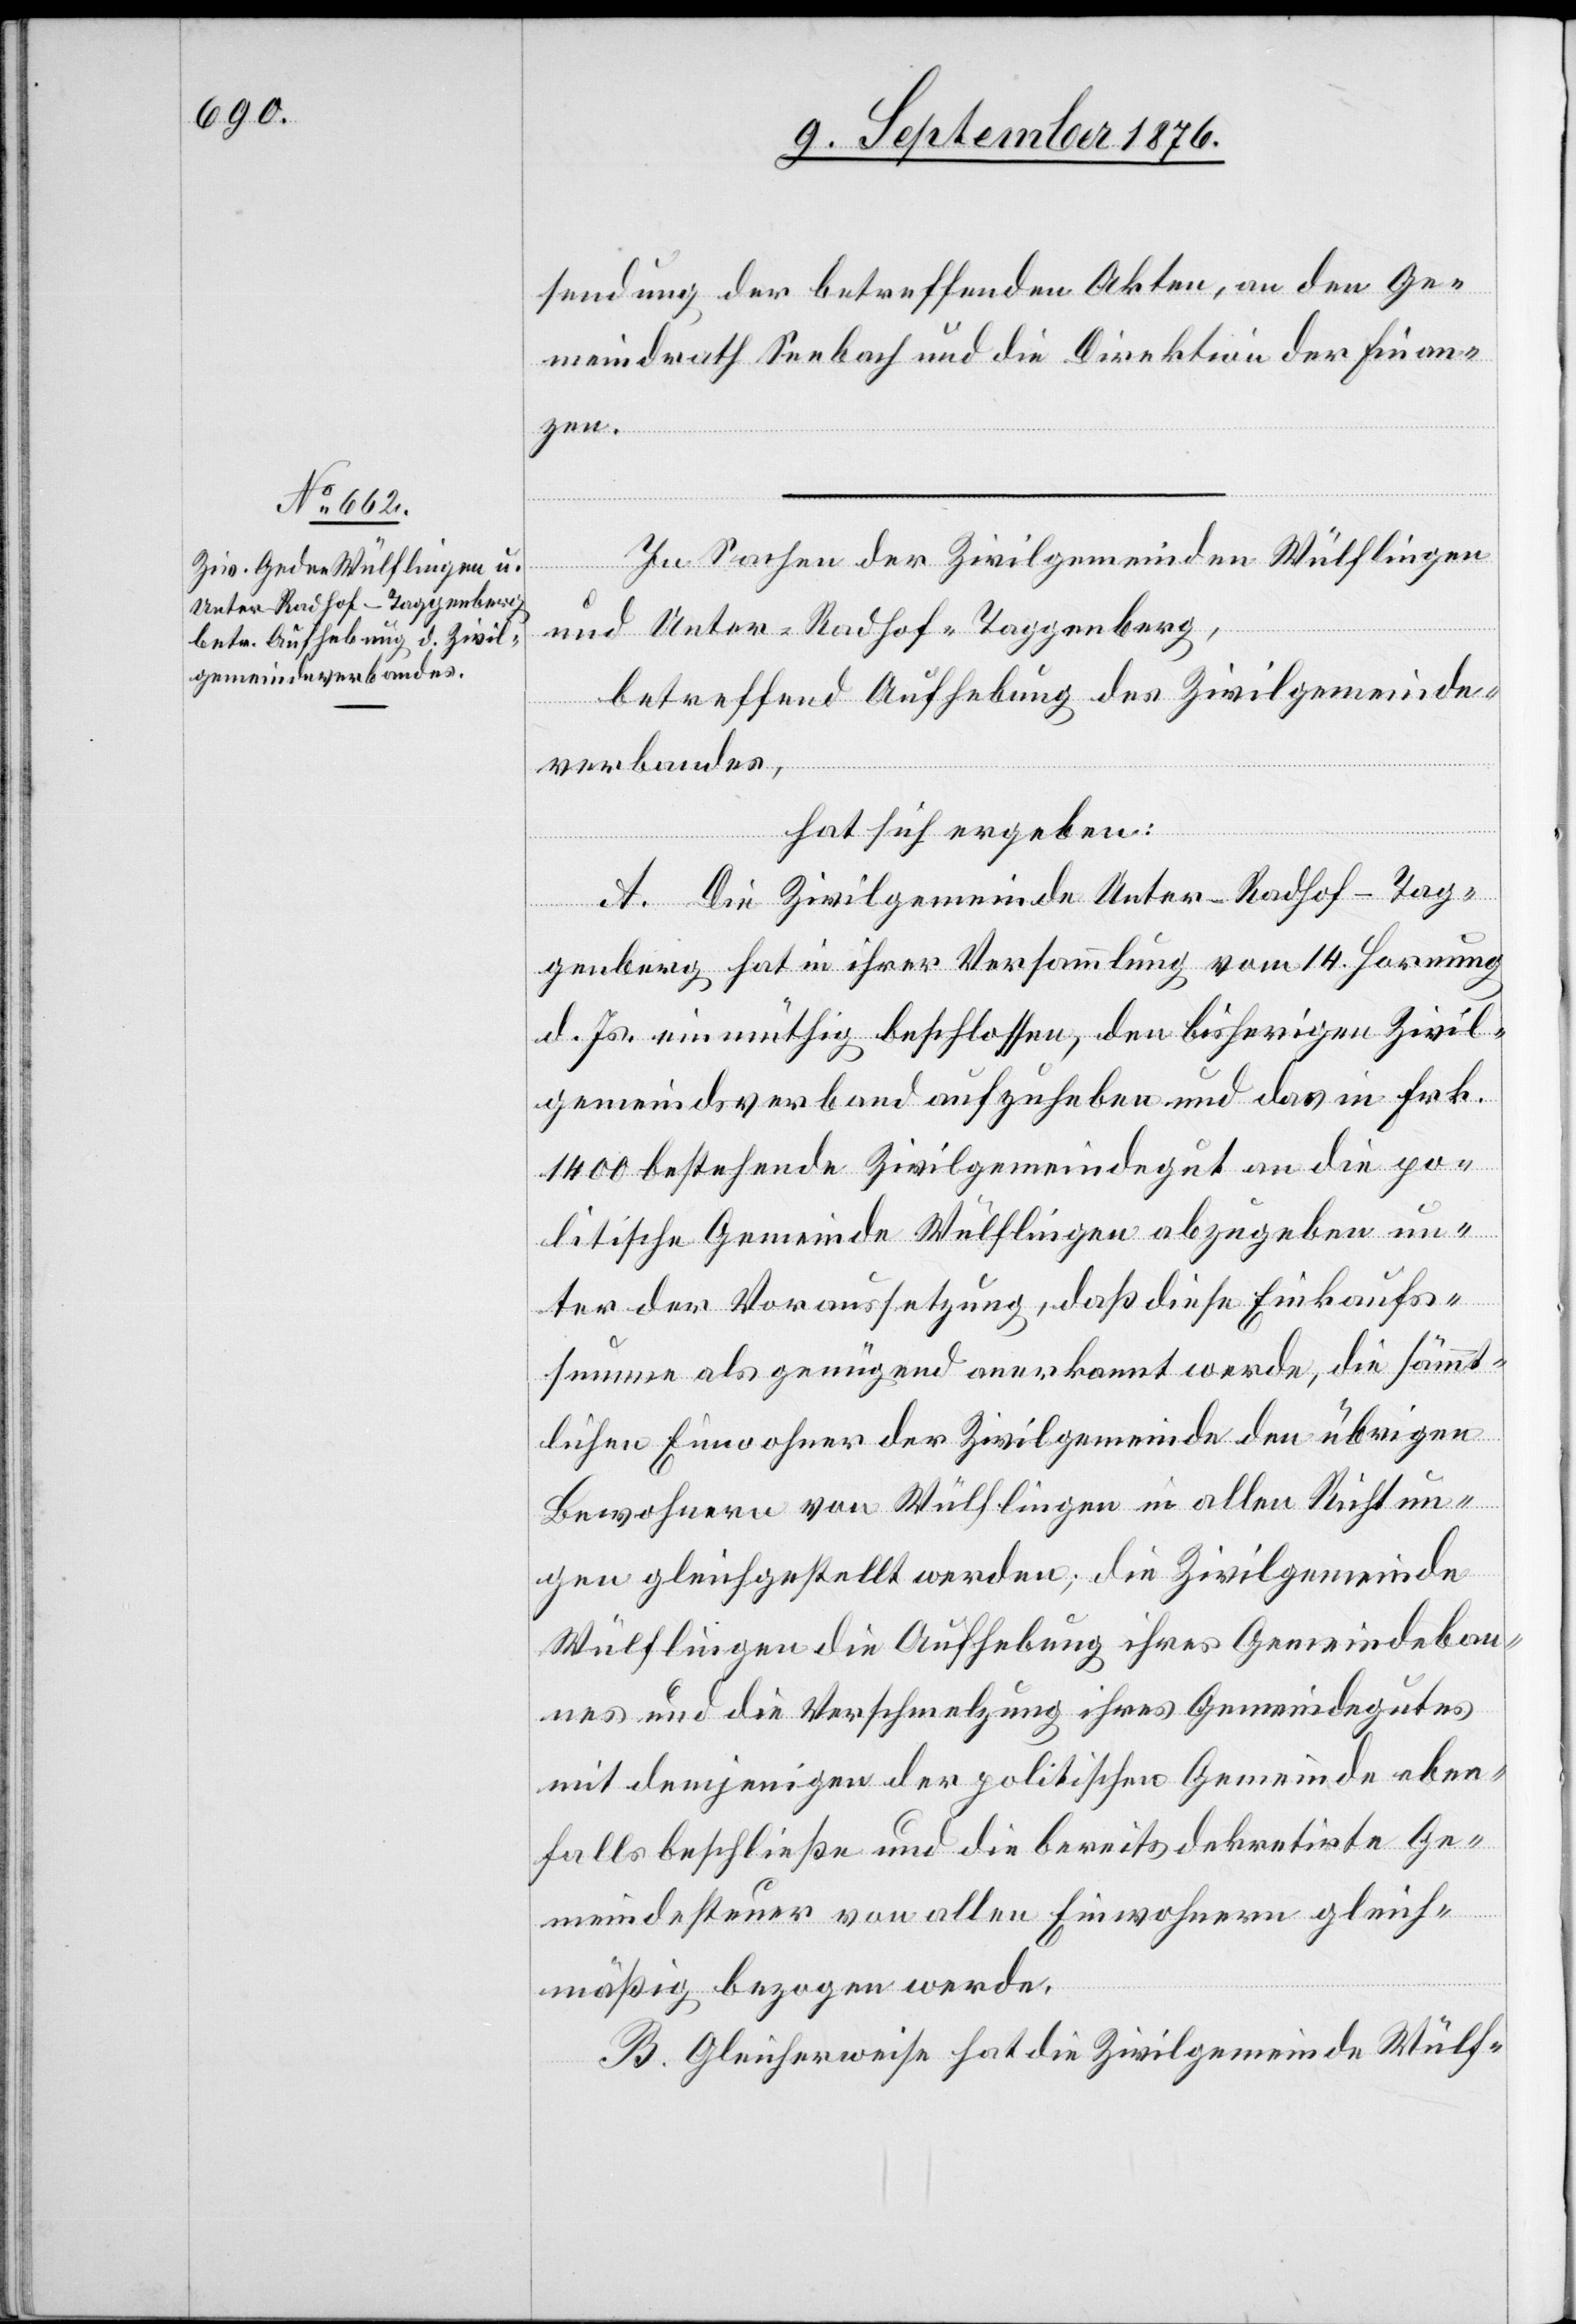
sendung der betreffenden Akten, an den Ge¬
meindrath Seebach und die Direktion der Finan¬
zen.
In Sachen der Zivilgemeinden Wülflingen
und Unter-Radhof - Taggenberg,
betreffend Aufhebung des Zivilgemeinde¬
verbandes,
hat sich ergeben:
A. Die Zivilgemeinde Unter-Radhof - Tag¬
genberg hat in ihrer Versammlung vom 14. Hornung
d. Js. einmüthig beschlossen, den bisherigen Zivil¬
gemeindsverband aufzuheben und das in Frk.
1400 bestehende Zivilgemeindegut an die po¬
litische Gemeinde Wülflingen abzugeben un¬
ter der Voraussetzung, daß diese Einkaufs¬
summe als genügend anerkannt werde, die sämmt¬
lichen Einwohner der Zivilgemeinde den übrigen
Bewohnern von Wülflingen in allen Richtun¬
gen gleichgestellt werden, die Zivilgemeinde
Wülflingen die Aufhebung ihres Gemeindeban¬
nes und die Verschmelzung ihres Gemeindegutes
mit demjenigen der politischen Gemeinde eben¬
falls beschließe und die bereits dekretirte Ge¬
meindesteuer von allen Einwohnern gleich¬
mäßig bezogen werde.
B. Gleicherweise hat die Zivilgemeinde Wülf-